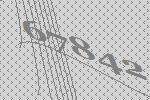
67842